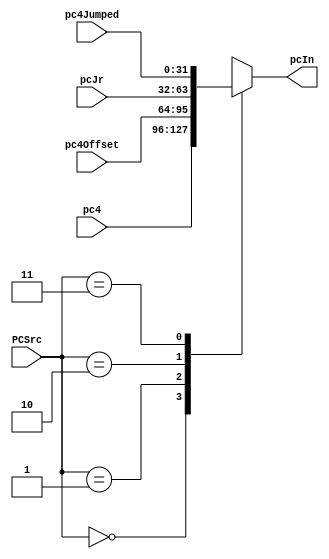
`timescale 1ns / 1ps
//////////////////////////////////////////////////////////////////////////////////
// Company: 
// Engineer: 
// 
// Design Name: 
// Module Name: Multiplexer4
// Project Name: 
// Target Devices: 
// Tool Versions: 
// Description: 
// 
// Dependencies: 
// 
// Revision:
// Revision 0.01 - File Created
// Additional Comments:
// 
//////////////////////////////////////////////////////////////////////////////////


module Multiplexer4(
	input [31:0]pc4,
    input [31:0]pc4Offset,
    input [31:0]pcJr,
    input [31:0]pc4Jumped,
    input [1:0]PCSrc,
    output reg[31:0]pcIn
    );
    initial begin
        pcIn=0;
    end
    always @(PCSrc or pc4 or pc4Offset or pcJr or pc4Jumped) begin
        case(PCSrc)
            2'b00: pcIn <= pc4;
            2'b01: pcIn <= pc4Offset;
            2'b10: pcIn <= pcJr;
            2'b11: pcIn <= pc4Jumped;
            default:
                $display("PCSrc Wrong!");
        endcase
        //$display("PCSrc---*****---%h", PCSrc);
    end
endmodule